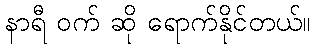
နာရီ ဝက် ဆို ရောက်နိုင်တယ်။